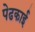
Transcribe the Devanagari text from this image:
पेढकाई